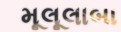
મૂલૂલાબા